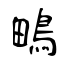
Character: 鴫